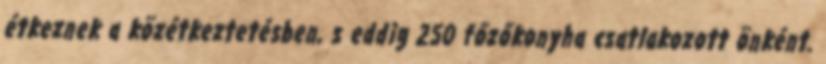
étkeznek a közétkeztetésben, s eddig 250 főzőkonyha csatlakozott önként.